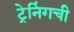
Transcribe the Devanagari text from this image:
ट्रेनिंगची